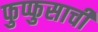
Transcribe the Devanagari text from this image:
फुप्फुसाची